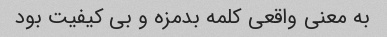
به معنی واقعی کلمه بدمزه و بی کیفیت بود